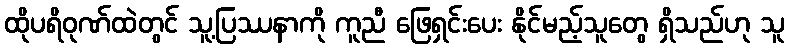
ထိုပရိဝုဏ်ထဲတွင် သူ့ပြဿနာကို ကူညီ ဖြေရှင်းပေး နိုင်မည့်သူတွေ ရှိသည်ဟု သူ